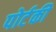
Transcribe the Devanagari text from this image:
पोर्टकी